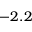
- 2 . 2